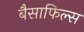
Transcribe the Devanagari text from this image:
बैसाफिल्स